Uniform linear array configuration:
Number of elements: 32
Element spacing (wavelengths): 1
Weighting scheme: uniform
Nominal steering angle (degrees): -45
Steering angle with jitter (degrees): -46.893
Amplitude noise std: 0.05
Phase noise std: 0.05

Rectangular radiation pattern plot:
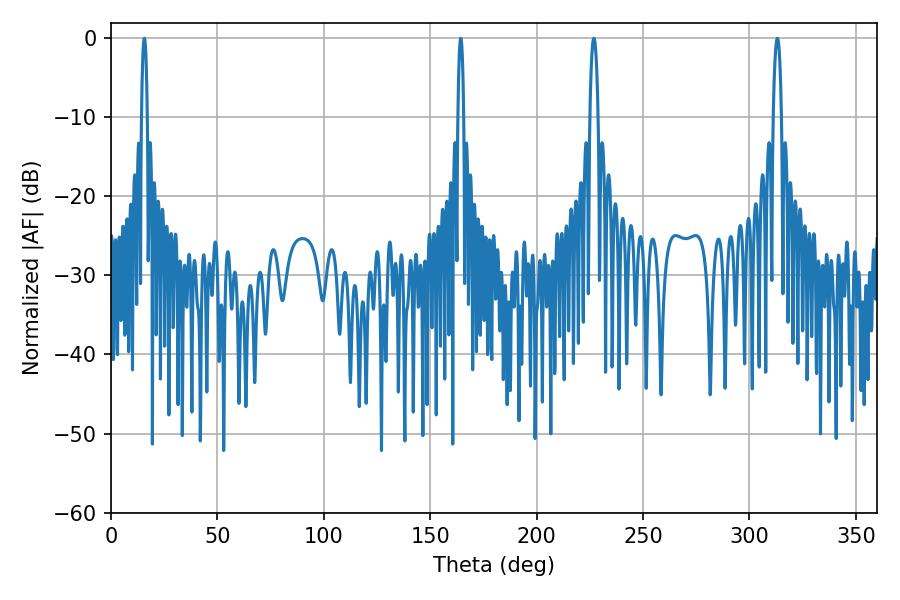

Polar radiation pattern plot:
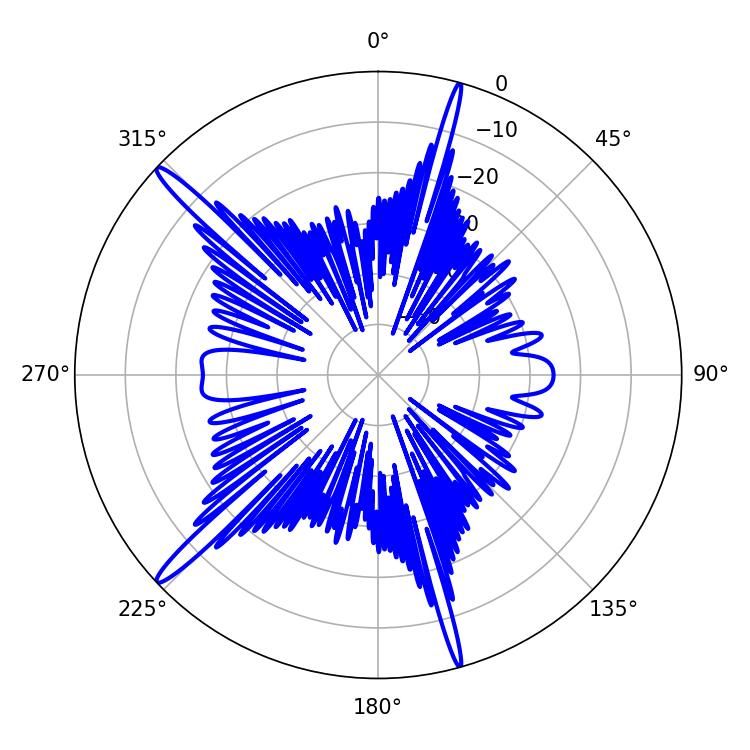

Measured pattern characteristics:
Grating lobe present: TRUE
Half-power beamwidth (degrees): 1.44
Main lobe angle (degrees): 15.66